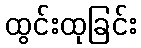
ထွင်းထုခြင်း